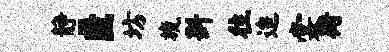
静匿坊旒斟往迨裳街